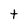
Character: t